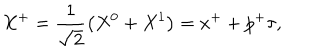
LaTeX: X ^ { + } = \frac { 1 } { \sqrt { 2 } } \left( X ^ { 0 } + X ^ { 1 } \right) = x ^ { + } + p ^ { + } \tau ,